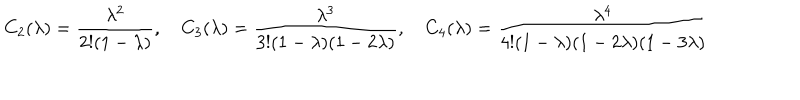
LaTeX: C _ { 2 } ( \lambda ) = \frac { \lambda ^ { 2 } } { 2 ! ( 1 - \lambda ) } , \quad C _ { 3 } ( \lambda ) = \frac { \lambda ^ { 3 } } { 3 ! ( 1 - \lambda ) ( 1 - 2 \lambda ) } , \quad C _ { 4 } ( \lambda ) = \frac { \lambda ^ { 4 } } { 4 ! ( 1 - \lambda ) ( 1 - 2 \lambda ) ( 1 - 3 \lambda ) }